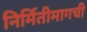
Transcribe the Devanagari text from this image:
निर्मितीमागची